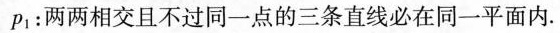
p1：两两相交且不过同一点的三条直线必在同一平面内.